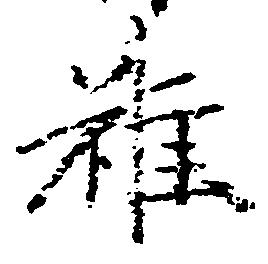
雖